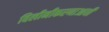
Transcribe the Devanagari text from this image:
विलीनीकरणाआधी